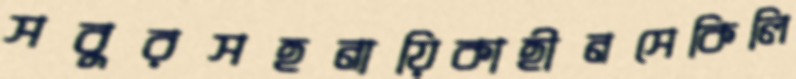
সবুরসহনায়িকাহীনসেকিলি